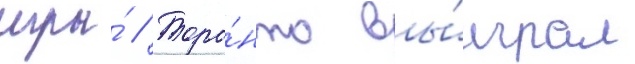
игры́ // Торо́нто вы́играл